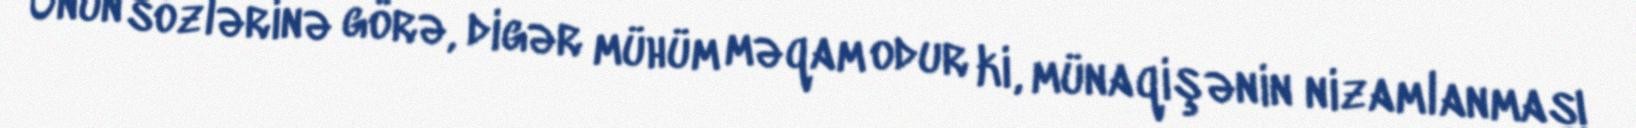
Onun sözlərinə görə, digər mühüm məqam odur ki, münaqişənin nizamlanması